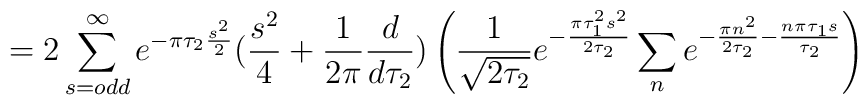
= 2\sum _{s=odd}^{\infty} e^{-\pi \tau _{2} \frac{s^{2}}{2}}(\frac{s^{2}}{4}+\frac{1}{2\pi} \frac{d}{d\tau _{2}}) \left( \frac{1}{\sqrt{2\tau _{2}}}e^{-\frac{\pi \tau _{1}^{2}s^{2}}{2\tau _{2}}} \sum _{n}e^{-\frac{\pi n^{2}}{2\tau _{2}} -\frac{n\pi \tau _{1} s}{\tau _{2}}} \right)